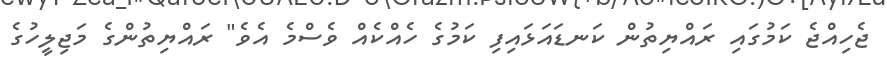
ޖެހިއްޖެ ކަމުގައި ރައްޔިތުން ކަނޑައަޅައިފި ކަމުގެ ހެއްކެއް ވެސްމެ އެވެ" ރައްޔިތުންގެ މަޖިލީހުގެ